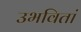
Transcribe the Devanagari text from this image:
उभवितां